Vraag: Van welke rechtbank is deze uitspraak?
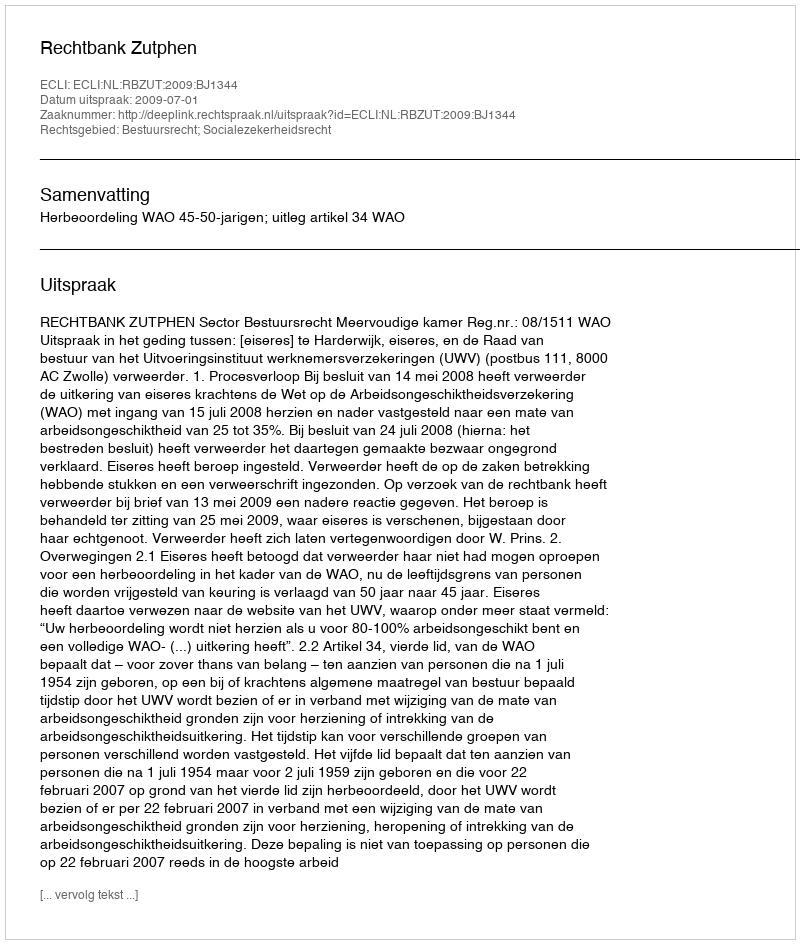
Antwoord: Rechtbank Zutphen